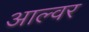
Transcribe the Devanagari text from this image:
आल्वर